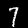
Label: 7